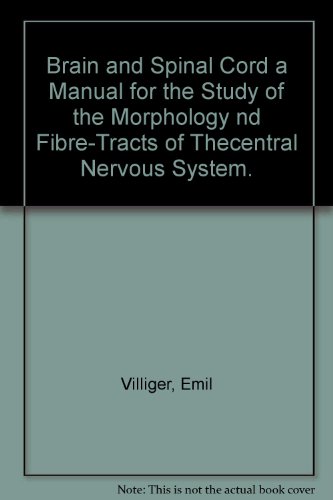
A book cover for Brain and Spinal Cord a Manual for the Study of the Morphology nd Fibre-Tracts of Thecentral Nervous System; Emil Villiger; Health, Fitness & Dieting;